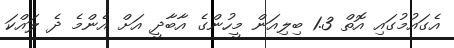
އެގައުމުގައި އޮތް 1.3 ބިލިއަން މީހުންގެ އާބާދީ އަށް އެންމެ ދެ ލައްކަ